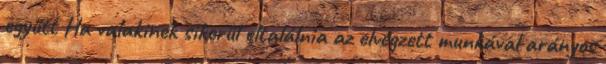
együtt Ha valakinek sikerül eltalálnia az elvégzett munkával arányos